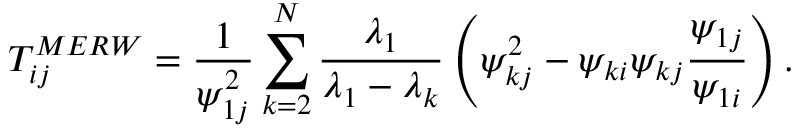
T _ { i j } ^ { M E R W } = \frac { 1 } { \psi _ { 1 j } ^ { 2 } } \sum _ { k = 2 } ^ { N } \frac { \lambda _ { 1 } } { \lambda _ { 1 } - \lambda _ { k } } \left( \psi _ { k j } ^ { 2 } - \psi _ { k i } \psi _ { k j } \frac { \psi _ { 1 j } } { \psi _ { 1 i } } \right) .